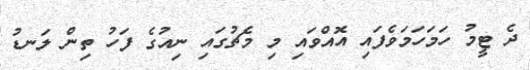
ދެ ޓީމު ހަމަހަމަވެފައި އޮއްވައި މި މެޗުގައި ނިއުގެ ފަހު ތިން ލަނޑު